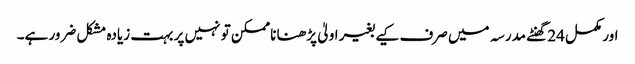
اور مکمل 24 گھنٹے مدرسہ میں صرف کیے بغیر اولیٰ پڑھنا ناممکن تو نہیں پر بہت زیادہ مشکل ضرور ہے۔